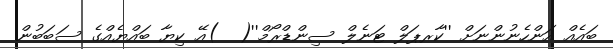
ބައެއް އަންހެނުންނަށް ''ކާރޕަލް ޓަނެލް ސިންޑްރޯމް''(  )އޭ ކިޔާ ބައްޔެއްގެ ސަބަބުން